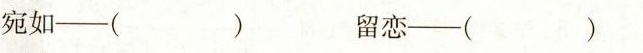
宛如——（ ） 留恋——（ ）